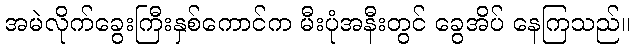
အမဲလိုက်ခွေးကြီးနှစ်ကောင်က မီးပုံအနီးတွင် ခွေအိပ် နေကြသည်။